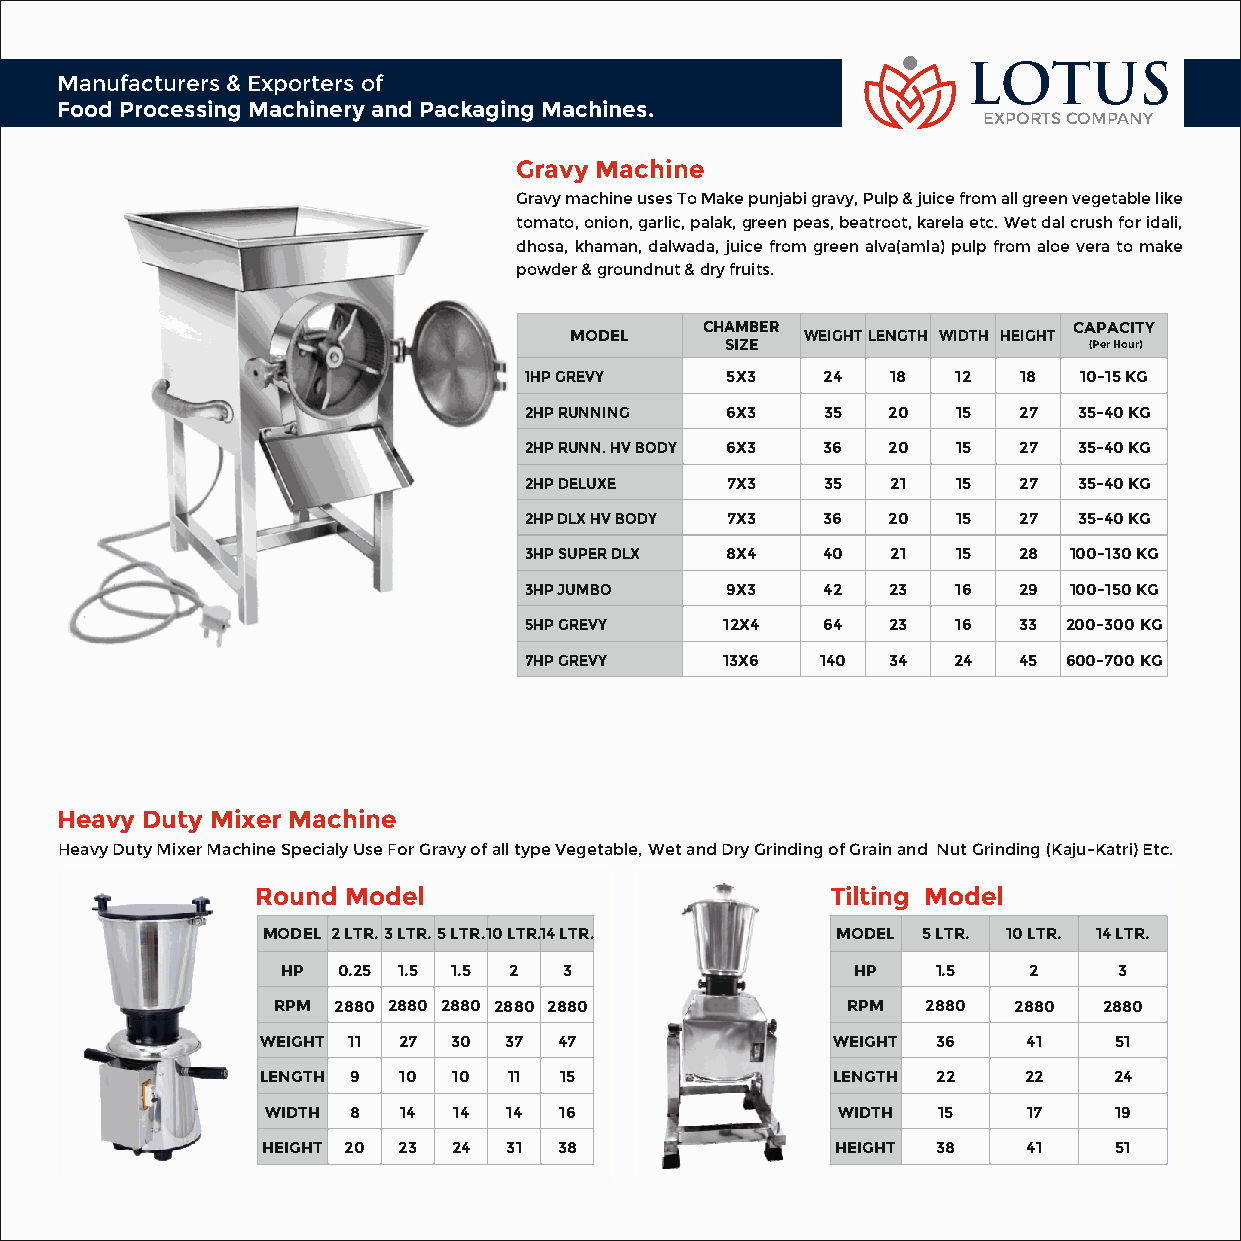
LOTUS
 Manufacturers & Exporters of
 Food Processing Machinery and Packaging Machines.
 EXPORTS COMPANY
 Gravy Machine
 Gravy machine uses To Make punjabi gravy, Pulp & juice from all green vegetable like
 tomato, onion, garlic, palak, green peas, beatroot, karela etc. Wet dal crush for idali,
 dhosa, khaman, dalwada, juice from green alva(amla) pulp from aloe vera to make
 powder & groundnut & dry fruits.
 CHAMBER                  CAPACITY
 MODEL          WEIGHTLENGTH WIDTH HEIGHT
 SIZE                    (Per Hour)
 1HP GREVY    5X3   24   18  12  18  10-15 KG
 2HP RUNNING  6X3   35   20  15  27  35-40 KG
 2HP RUNN. HV BODY 6X3 36 20 15  27  35-40 KG
 2HP DELUXE   7X3   35   21  15  27  35-40 KG
 2HP DLX HV BODY 7X3 36  20  15  27  35-40 KG
 3HP SUPER DLX 8X4  40   21  15  28  100-130 KG
 3HP JUMBO    9X3   42   23  16  29  100-150 KG
 5HP GREVY    12X4  64   23  16  33  200-300 KG
 7HP GREVY    13X6  140  34  24  45  600-700 KG
 Heavy Duty Mixer Machine
 Heavy Duty Mixer Machine Specialy Use For Gravy of all type Vegetable, Wet and Dry Grinding of Grain and Nut Grinding (Kaju-Katri) Etc.
 Round Model                           Tilting Model
 MODEL 2 LTR.3 LTR.5 LTR.10 LTR.14 LTR. MODEL 5 LTR. 10 LTR. 14 LTR.
 HP 0.25 1.5 1.5 2 3                   HP   1.5   2     3
 RPM 2880 2880 2880 2880 2880          RPM  2880  2880  2880
 WEIGHT 11 27 30 37  47                WEIGHT 36    41    51
 LENGTH 9 10  10  11 15                LENGTH 22    22    24
 WIDTH 8 14  14  14 16                WIDTH  15    17    19
 HEIGHT 20 23 24  31 38                HEIGHT 38    41    51